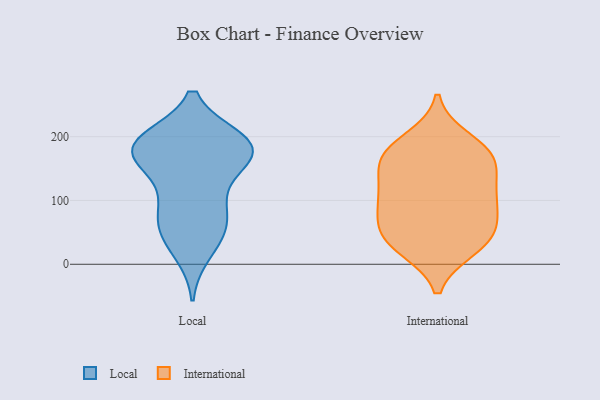
{"axis": {"x": "Shipments", "y": "Value"}, "legend": ["International", "Local"], "data": [{"x": "", "y": 182, "type": "Local"}, {"x": "", "y": 194, "type": "Local"}, {"x": "", "y": 188, "type": "Local"}, {"x": "", "y": 172, "type": "Local"}, {"x": "", "y": 52, "type": "Local"}, {"x": "", "y": 49, "type": "Local"}, {"x": "", "y": 184, "type": "Local"}, {"x": "", "y": 169, "type": "Local"}, {"x": "", "y": 20, "type": "Local"}, {"x": "", "y": 90, "type": "Local"}, {"x": "", "y": 149, "type": "Local"}, {"x": "", "y": 194, "type": "Local"}, {"x": "", "y": 102, "type": "Local"}, {"x": "", "y": 69, "type": "Local"}, {"x": "", "y": 181, "type": "Local"}, {"x": "", "y": 155, "type": "International"}, {"x": "", "y": 155, "type": "International"}, {"x": "", "y": 179, "type": "International"}, {"x": "", "y": 166, "type": "International"}, {"x": "", "y": 110, "type": "International"}, {"x": "", "y": 42, "type": "International"}, {"x": "", "y": 25, "type": "International"}, {"x": "", "y": 58, "type": "International"}, {"x": "", "y": 25, "type": "International"}, {"x": "", "y": 68, "type": "International"}, {"x": "", "y": 104, "type": "International"}, {"x": "", "y": 106, "type": "International"}, {"x": "", "y": 47, "type": "International"}, {"x": "", "y": 195, "type": "International"}, {"x": "", "y": 172, "type": "International"}, {"x": "", "y": 103, "type": "International"}]}